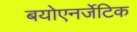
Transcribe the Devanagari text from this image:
बयोएनर्जेटिक